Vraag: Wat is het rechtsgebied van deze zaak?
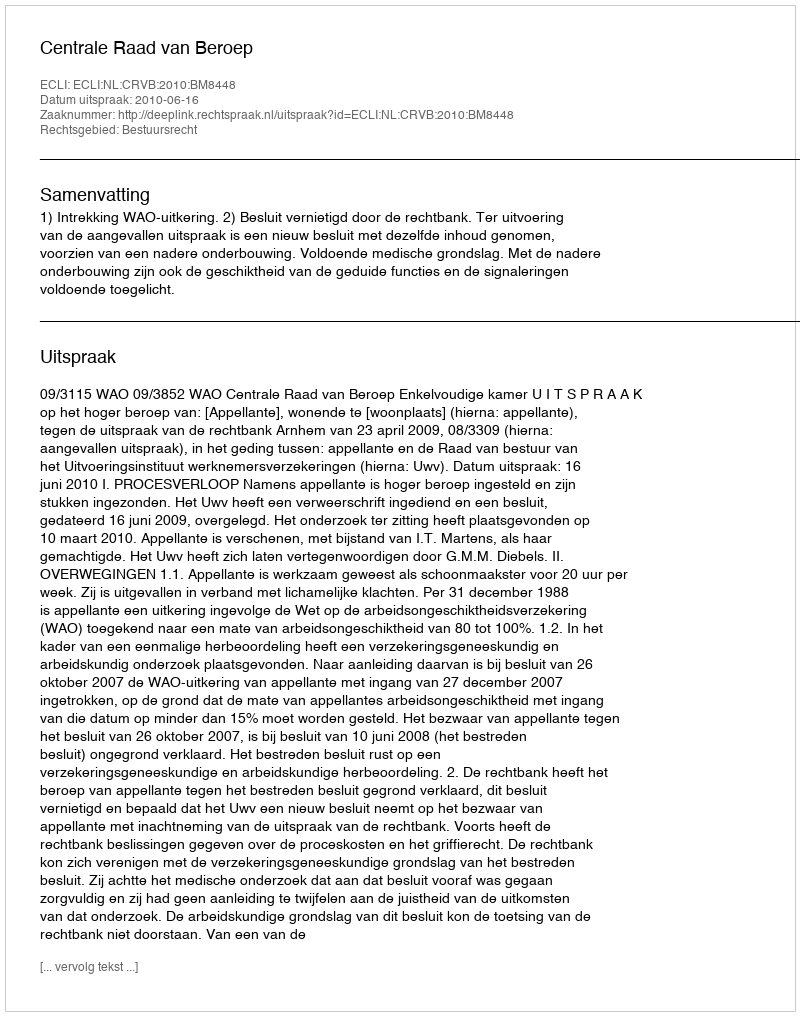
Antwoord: Bestuursrecht